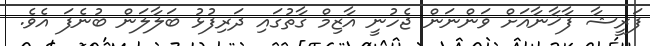
ފަރީޝާ ފާޚާނާއަށް ވަންނަން ޖެހުނީ އާޒިމް ގާތުގައި ދަރިފުޅު ބަލާލަން ބުނެފަ އެވެ.